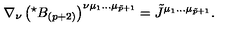
\nabla _ { \nu } \left( { } ^ { \star } B _ { ( p + 2 ) } \right) ^ { \nu \mu _ { 1 } \ldots \mu _ { \tilde { p } + 1 } } = \tilde { J } ^ { \mu _ { 1 } \ldots \mu _ { \tilde { p } + 1 } } .